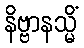
နိဗ္ဗာနသ္မိံ